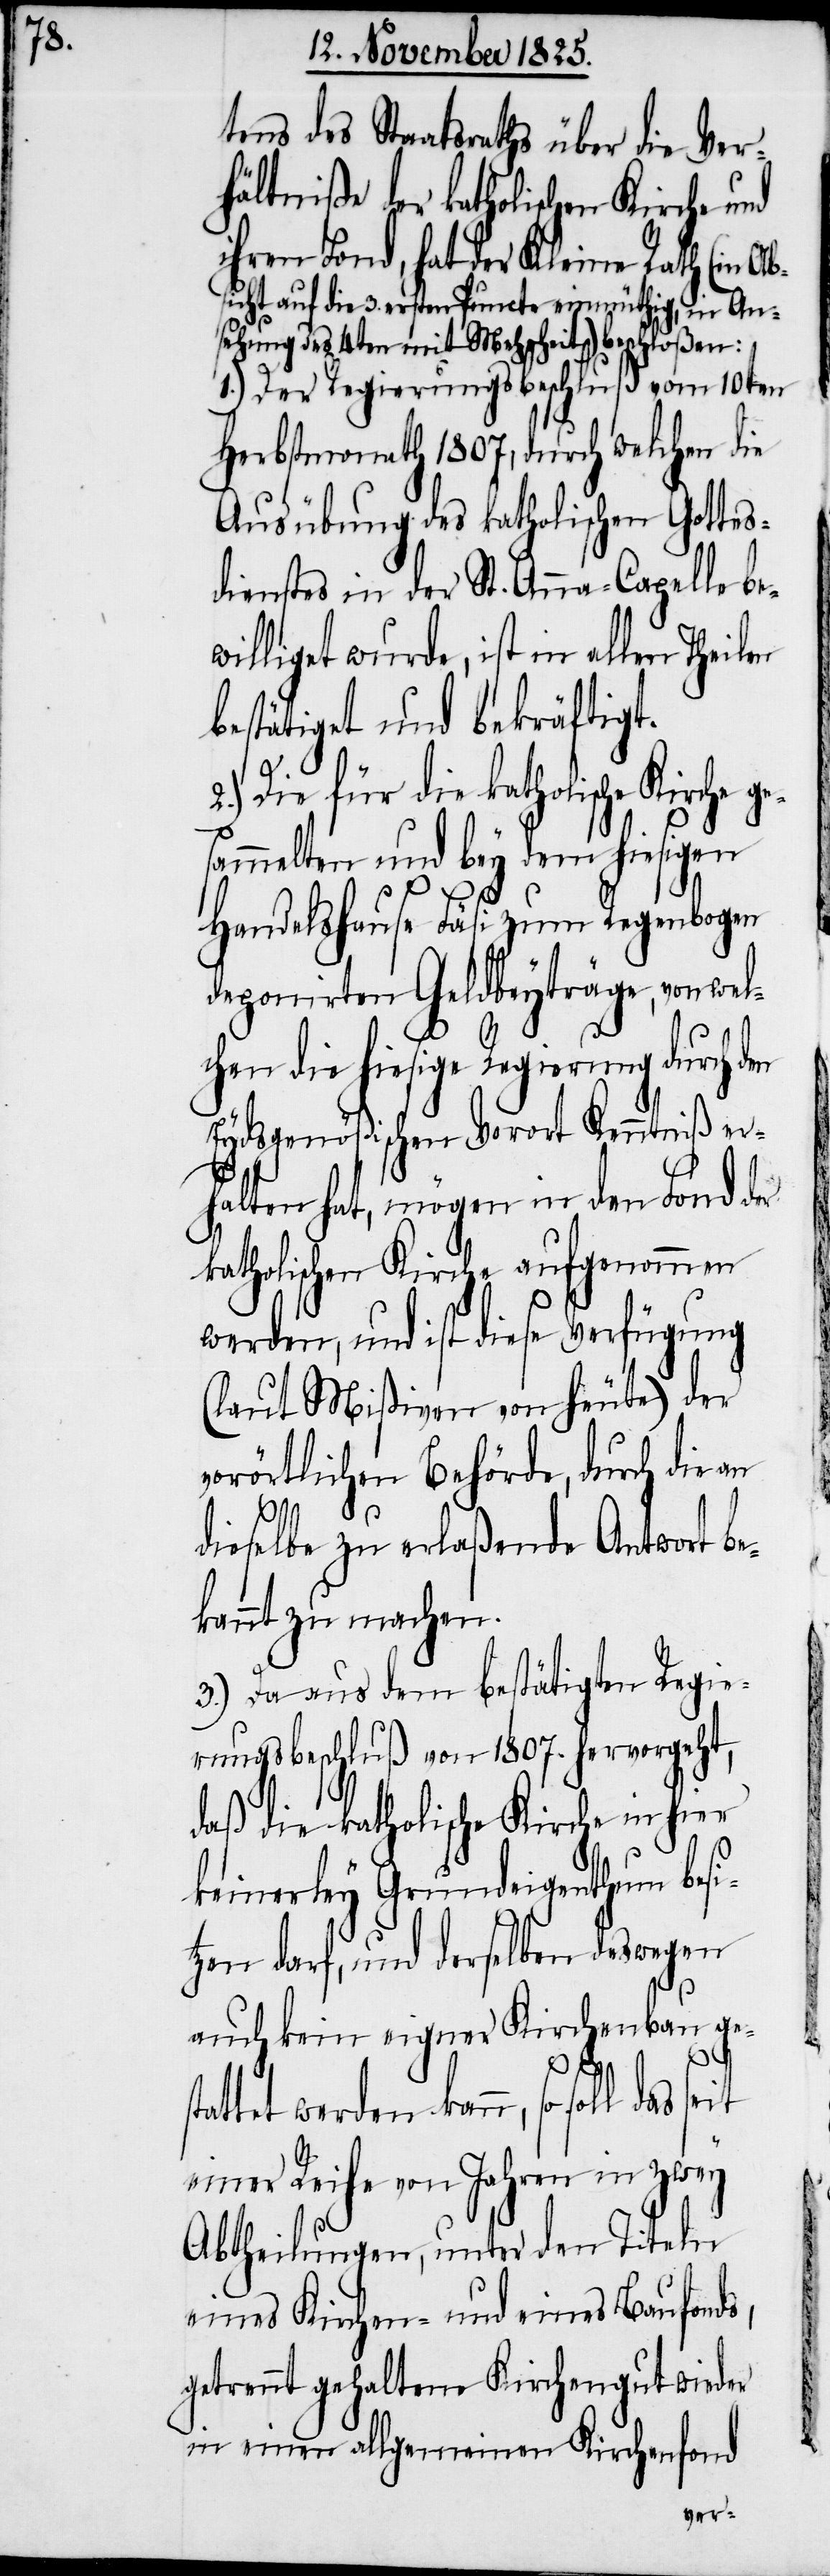
sta¬

tens des Staatsraths über die Ver¬
hältniße der katholischen Kirche und
ihrem Fond, hat der Kleine Rath (in A¬
bsicht auf die 3. ersten Puncte einmüthig, in An¬
sehung des 4ten mit Mehrheit) beschloßen:
1.) Der Regierungsbeschluß vom 10ten
Herbstmonath 1807., durch welchen die
Ausübung des katholischen Gottes¬
dienstes in der St. Anna-Capelle be¬
williget wurde, ist in allen Theilen
bestätiget und bekräftigt.
2.) Die für die katholische Kirche g¬
sammelten und bey dem hiesigen
Handelshause Läsi zum Regenbogen
deponirten Geldbeyträge, von wel¬
chen die hiesige Regierung durch den
Eydsgenößischen Vorort Kenntniß er¬
halten hat, mögen in den Fond der
katholischen Kirche aufgenommen
werden, und ist diese Verfügung
(laut Mißiven von heute) der
vorörtlichen Behörde, durch die an
dieselbe zu erlaßende Antwort be¬
kannt zu machen.
3.) Da aus dem bestätigten Regie¬
rungsbeschluß von 1807. hervorgeht,
daß die katholische Kirche in hier
keinerley Grundeigenthum besi¬
tzen darf, und derselben deswegen
auch kein eigner Kirchenbau ge¬
ttet werden kann, so soll das
einer Reihe von Jahren in zwey
Abtheilungen, unter den Titeln
eines Kirchen- und eines Baufonds,
getrennt gehaltene Kirchengut wieder
in einen allgemeinen Kirchfond